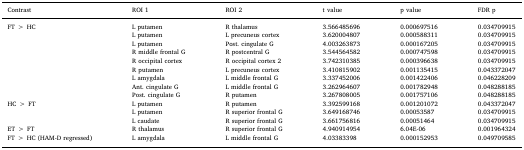
<table><thead><tr><td><b>Contrast</b></td><td><b>ROI 1</b></td><td><b>ROI 2</b></td><td><b>t value</b></td><td><b>p value</b></td><td><b>FDR p</b></td></tr></thead><tbody><tr><td rowspan="9">FT &gt; HC</td><td>L putamen</td><td>R thalamus</td><td>3.566485696</td><td>0.000697516</td><td>0.034709915</td></tr><tr><td>L putamen</td><td>L precuneus cortex</td><td>3.620004807</td><td>0.000588311</td><td>0.034709915</td></tr><tr><td>L putamen</td><td>Post. cingulate G</td><td>4.003263873</td><td>0.000167205</td><td>0.034709915</td></tr><tr><td>R middle frontal G</td><td>R postcentral G</td><td>3.544564582</td><td>0.000747598</td><td>0.034709915</td></tr><tr><td>R occipital cortex</td><td>R occipital cortex 2</td><td>3.742310385</td><td>0.000396638</td><td>0.034709915</td></tr><tr><td>R putamen</td><td>L precuneus cortex</td><td>3.410815902</td><td>0.001135415</td><td>0.043372047</td></tr><tr><td>L amygdala</td><td>L middle frontal G</td><td>3.337452006</td><td>0.001422406</td><td>0.046228209</td></tr><tr><td>Ant. cingulate G</td><td>L middle frontal G</td><td>3.262964607</td><td>0.001782948</td><td>0.048288185</td></tr><tr><td>Post. cingulate G</td><td>R putamen</td><td>3.267808005</td><td>0.001757106</td><td>0.048288185</td></tr><tr><td rowspan="3">HC &gt; FT</td><td>L putamen</td><td>R putamen</td><td>3.392599168</td><td>0.001201072</td><td>0.043372047</td></tr><tr><td>L putamen</td><td>R superior frontal G</td><td>3.649168746</td><td>0.00053587</td><td>0.034709915</td></tr><tr><td>L caudate</td><td>R superior frontal G</td><td>3.661756816</td><td>0.00051464</td><td>0.034709915</td></tr><tr><td>ET &gt; FT</td><td>R thalamus</td><td>R superior frontal G</td><td>4.940914954</td><td>6.04E-06</td><td>0.001964324</td></tr><tr><td>FT &gt; HC (HAM-D regressed)</td><td>L amygdala</td><td>L middle frontal G</td><td>4.03383398</td><td>0.000152953</td><td>0.049709585</td></tr></tbody></table>